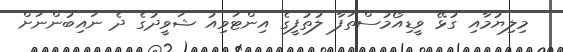
މިލިޔުމާއި ގުޅޭ ވީޑިއޯމުސްތަފާ ލުތުފީގެ އިންޓަވިއު ޝަވީދުގެ ދެ ނައިބުންނަށް